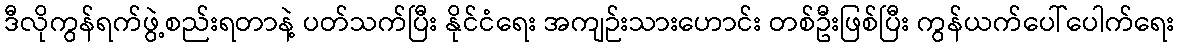
ဒီလိုကွန်ရက်ဖွဲ့စည်းရတာနဲ့ ပတ်သက်ပြီး နိုင်ငံရေး အကျဉ်းသားဟောင်း တစ်ဦးဖြစ်ပြီး ကွန်ယက်ပေါ်ပေါက်ရေး